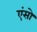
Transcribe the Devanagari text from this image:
एंसो